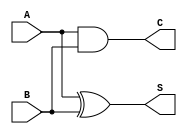
module CarryLookaheadHalfAdder (
    input wire A,    // First single-bit input
    input wire B,    // Second single-bit input
    output wire S,   // Sum output
    output wire C    // Carry output
);

    // Generate and Propagate signals
    wire G; // Generate
    wire P; // Propagate

    // Logic for Generate and Propagate
    assign G = A & B;      // Carry generation
    assign P = A ^ B;      // Carry propagation

    // Sum output using XOR
    assign S = P;          // Sum output (S = A XOR B)

    // Carry output using AND
    assign C = G;          // Carry output (C = A AND B)

endmodule